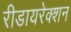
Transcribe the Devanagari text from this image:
रीडायरेक्शन